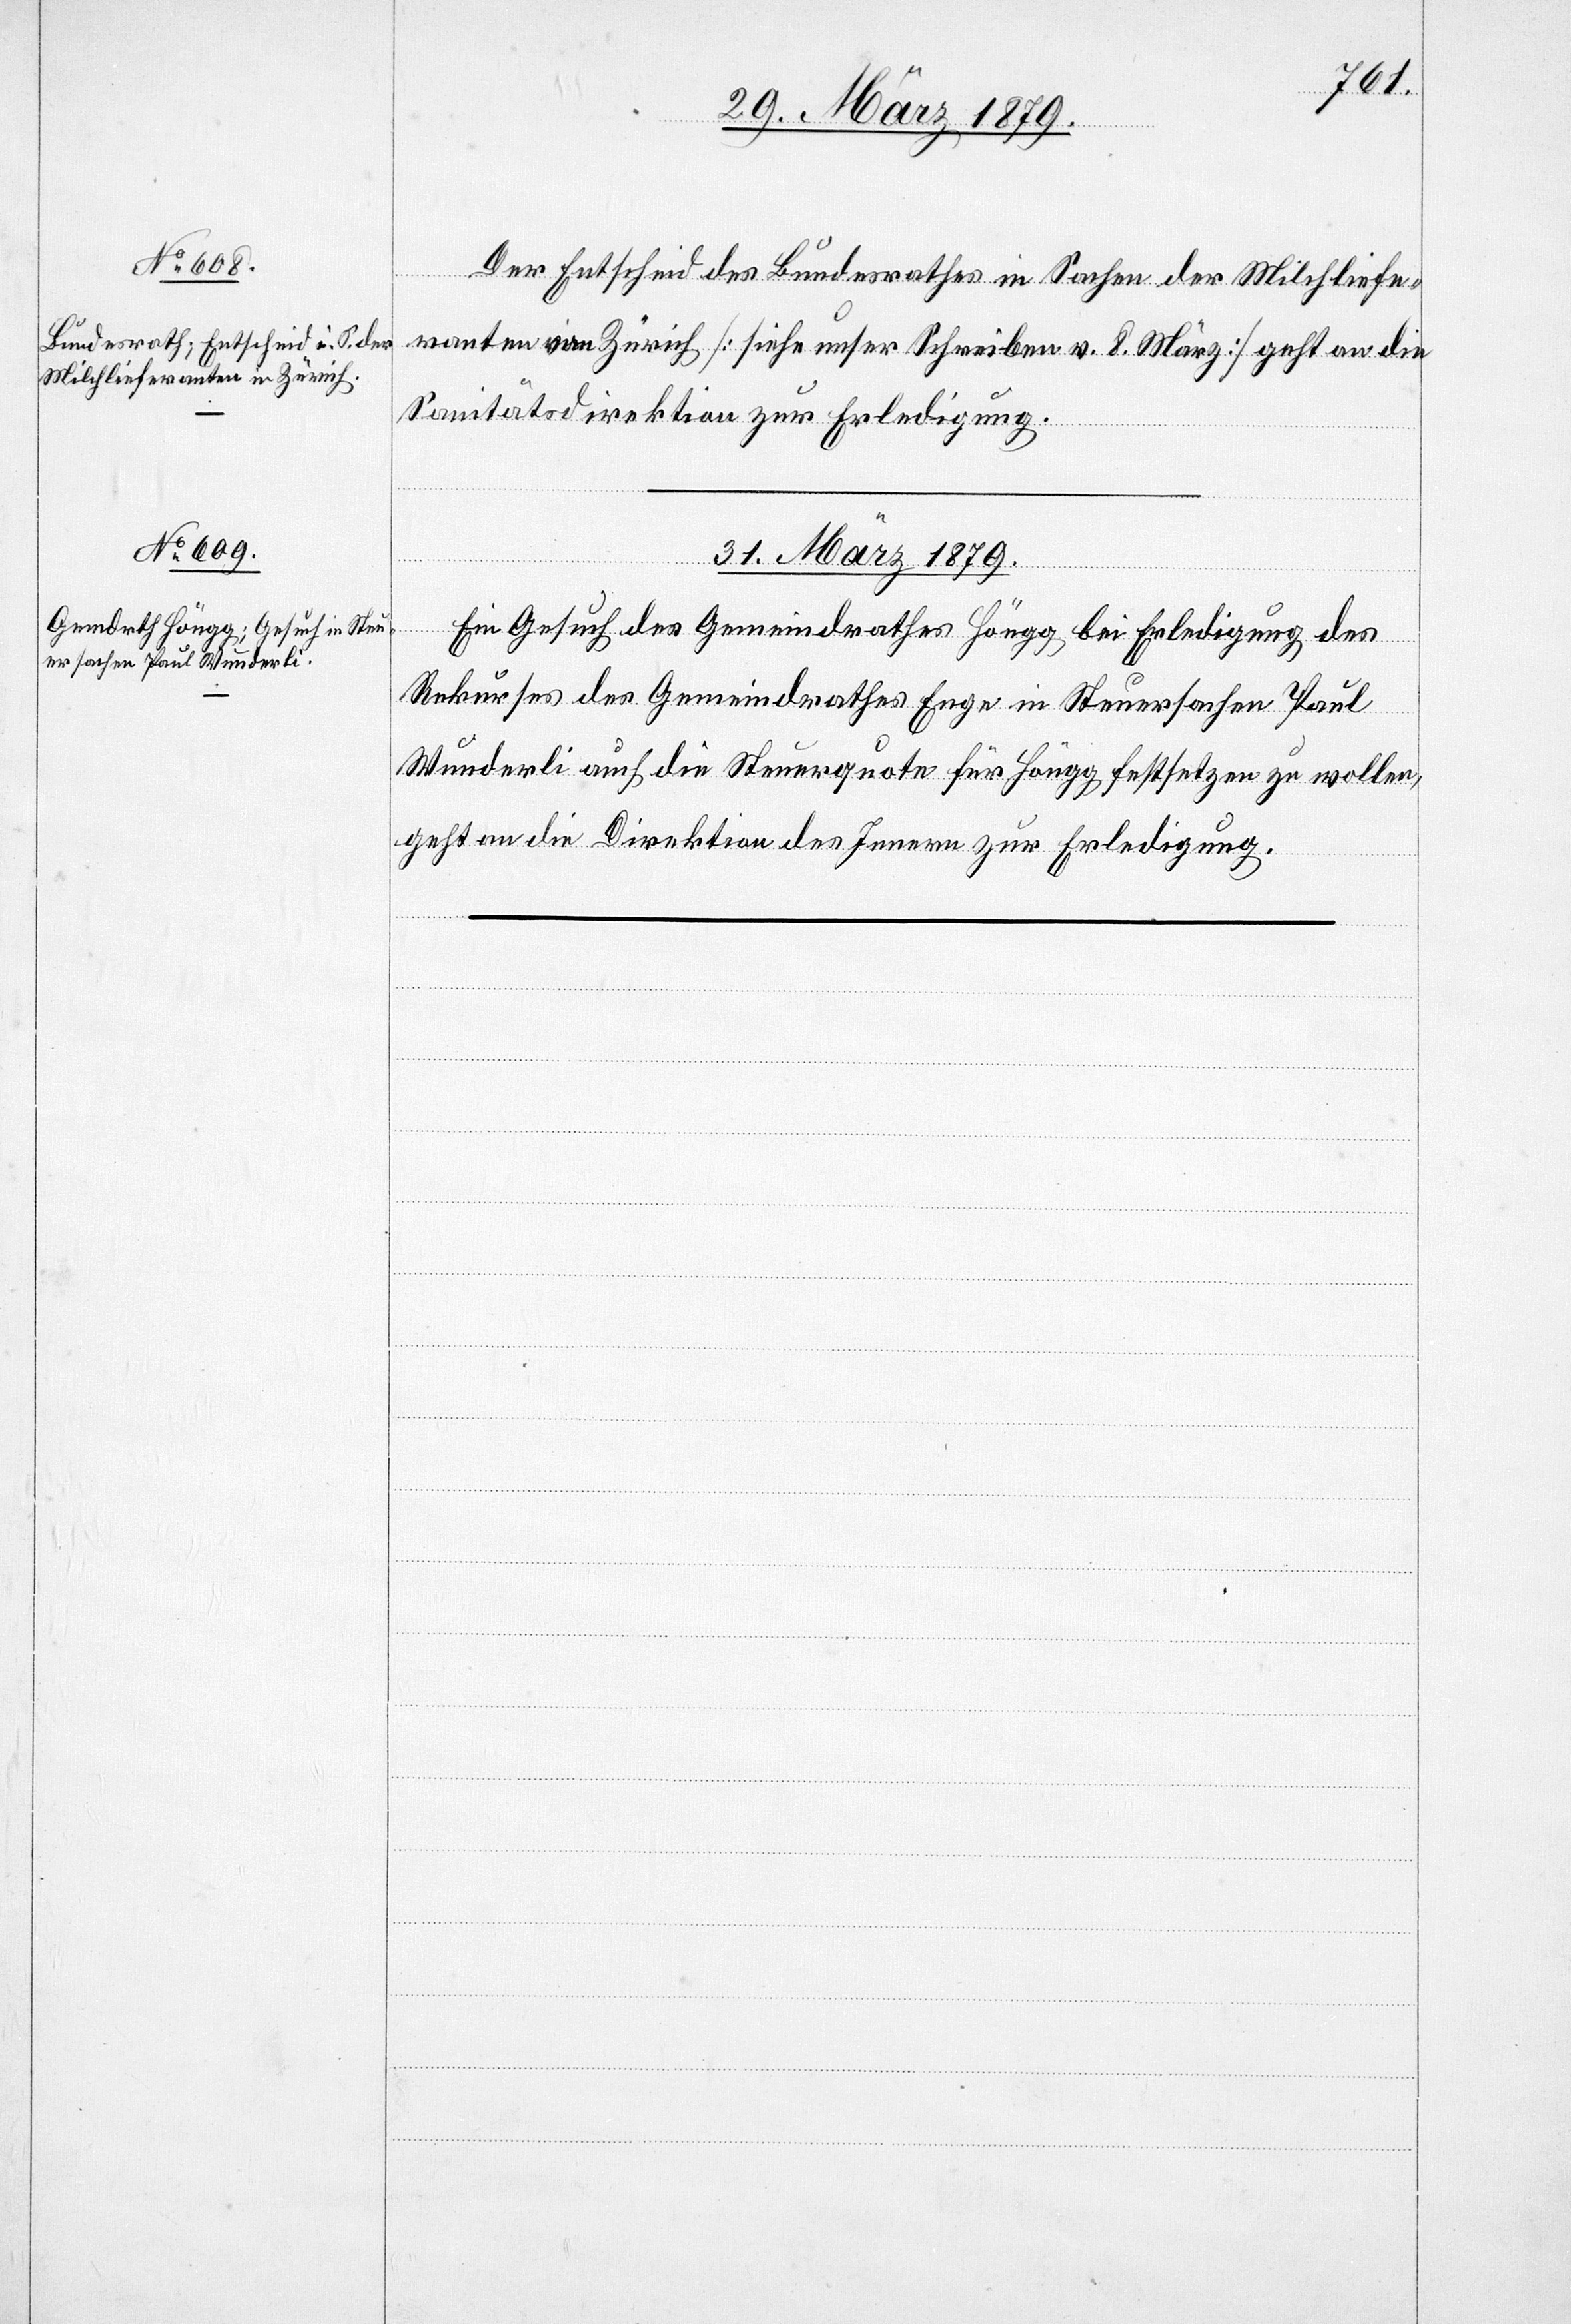
Der Entscheid des Bundesrathes in Sachen der Milchliefe¬
ranten von Zürich [siehe unser Schreiben v. 8. März] geht an die
Sanitätsdirektion zur Erledigung.
31. März 1879
Ein Gesuch des Gemeindrathes Höngg bei Erledigung des
Rekurses des Gemeindrathes Enge in Steuersachen Paul
Wunderli auf die Steuerquote für Höngg festsetzen zu wollen,
geht an die Direktion des Innern zur Erledigung.